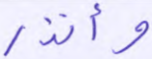
وأنذر